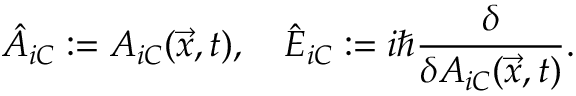
{ \hat { A } } _ { i C } : = A _ { i C } ( { \vec { x } } , t ) , \quad { \hat { E } } _ { i C } : = i { \hbar } { \frac { \delta } { \delta A _ { i C } ( { \vec { x } } , t ) } } .